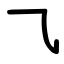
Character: ㇈